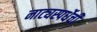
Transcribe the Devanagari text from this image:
नाट्यस्पर्धेची